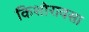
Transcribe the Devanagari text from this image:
किशोरावसा